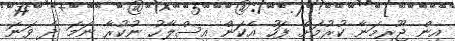
އިން ޖޫރިމަނާ ކުރުމަށް ފަހު އެކަން އިސްލާހު ނުކުރާ ނަމަ ދެ ވަނަ